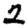
Digit: 2